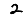
Digit: 2